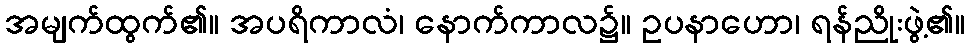
အမျက်ထွက်၏။ အပရိကာလံ၊ နောက်ကာလ၌။ ဥပနာဟော၊ ရန်ညိုးဖွဲ့၏။